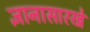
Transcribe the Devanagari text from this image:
ज्ञानासारखे